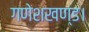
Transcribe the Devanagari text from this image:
गणेशखण्ड।